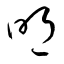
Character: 明